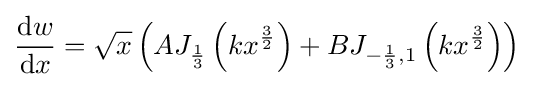
{\mathrm {d} w \over \mathrm {d} x}={\sqrt {x}}\left(AJ_{\frac {1}{3}}\left(kx^{\frac {3}{2}}\right)+BJ_{-{\frac {1}{3}},1}\left(kx^{\frac {3}{2}}\right)\right)